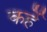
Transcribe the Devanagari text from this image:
कर्हे